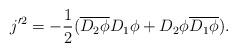
LaTeX: \begin{align*}j'^{2}=-\frac{1}{2}(\overline{D_{2}\phi} D_{1}\phi + D_{2}\phi\overline{D_{1}\phi}).\end{align*}